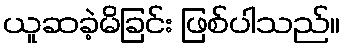
ယူဆခဲ့မိခြင်း ဖြစ်ပါသည်။